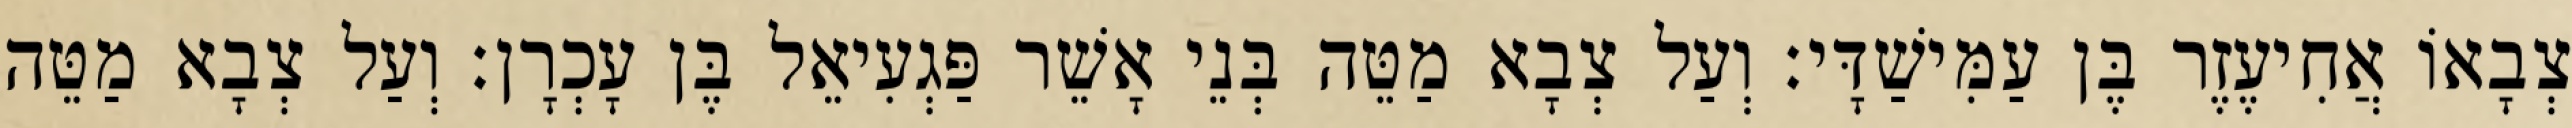
צְבָאוֹ אֲחִיעֶזֶר בֶּן עַמִּישַׁדָּי׃ וְעַל צְבָא מַטֵּה בְּנֵי אָשֵׁר פַּגְעִיאֵל בֶּן עָכְרָן׃ וְעַל צְבָא מַטֵּה